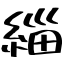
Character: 緇